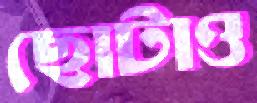
ছোটাও